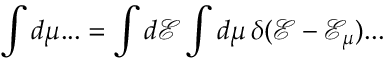
\int d \mu . . . = \int d \mathcal { E } \int d \mu \, \delta ( \mathcal { E } - \mathcal { E } _ { \mu } ) . . .